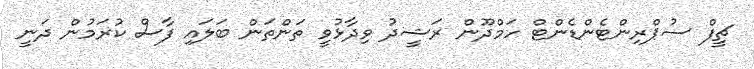
ޗީފް ސުޕްރިންޓެންޑެންޓް ހަމްދޫން ރަޝީދު ވިދާޅުވީ ތަންތަން ބަލައި ފާސް ކުރަމުން ދަނީ